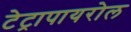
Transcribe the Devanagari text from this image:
टेट्रापायरोल